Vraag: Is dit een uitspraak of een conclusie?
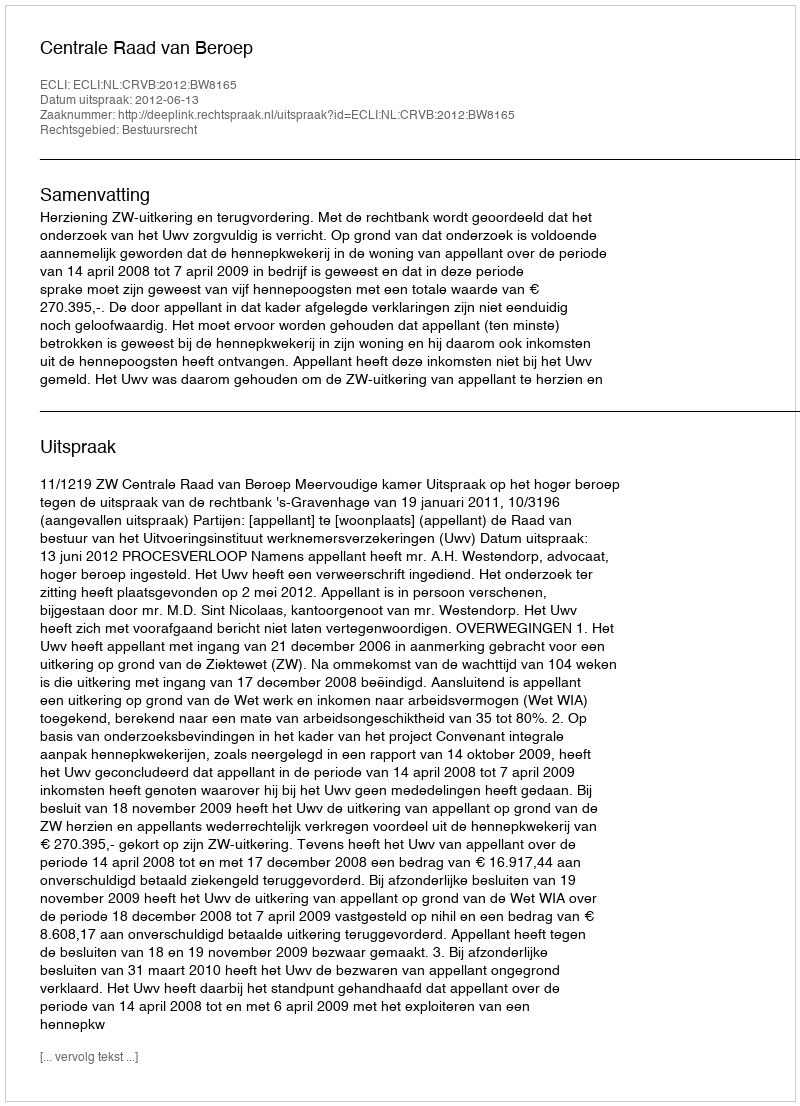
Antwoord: Uitspraak